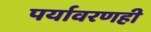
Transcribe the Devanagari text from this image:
पर्यावरणही